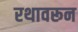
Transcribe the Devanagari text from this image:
रथावरून